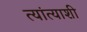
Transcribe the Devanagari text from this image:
त्यांत्याशी